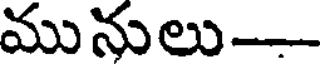
మునులు-